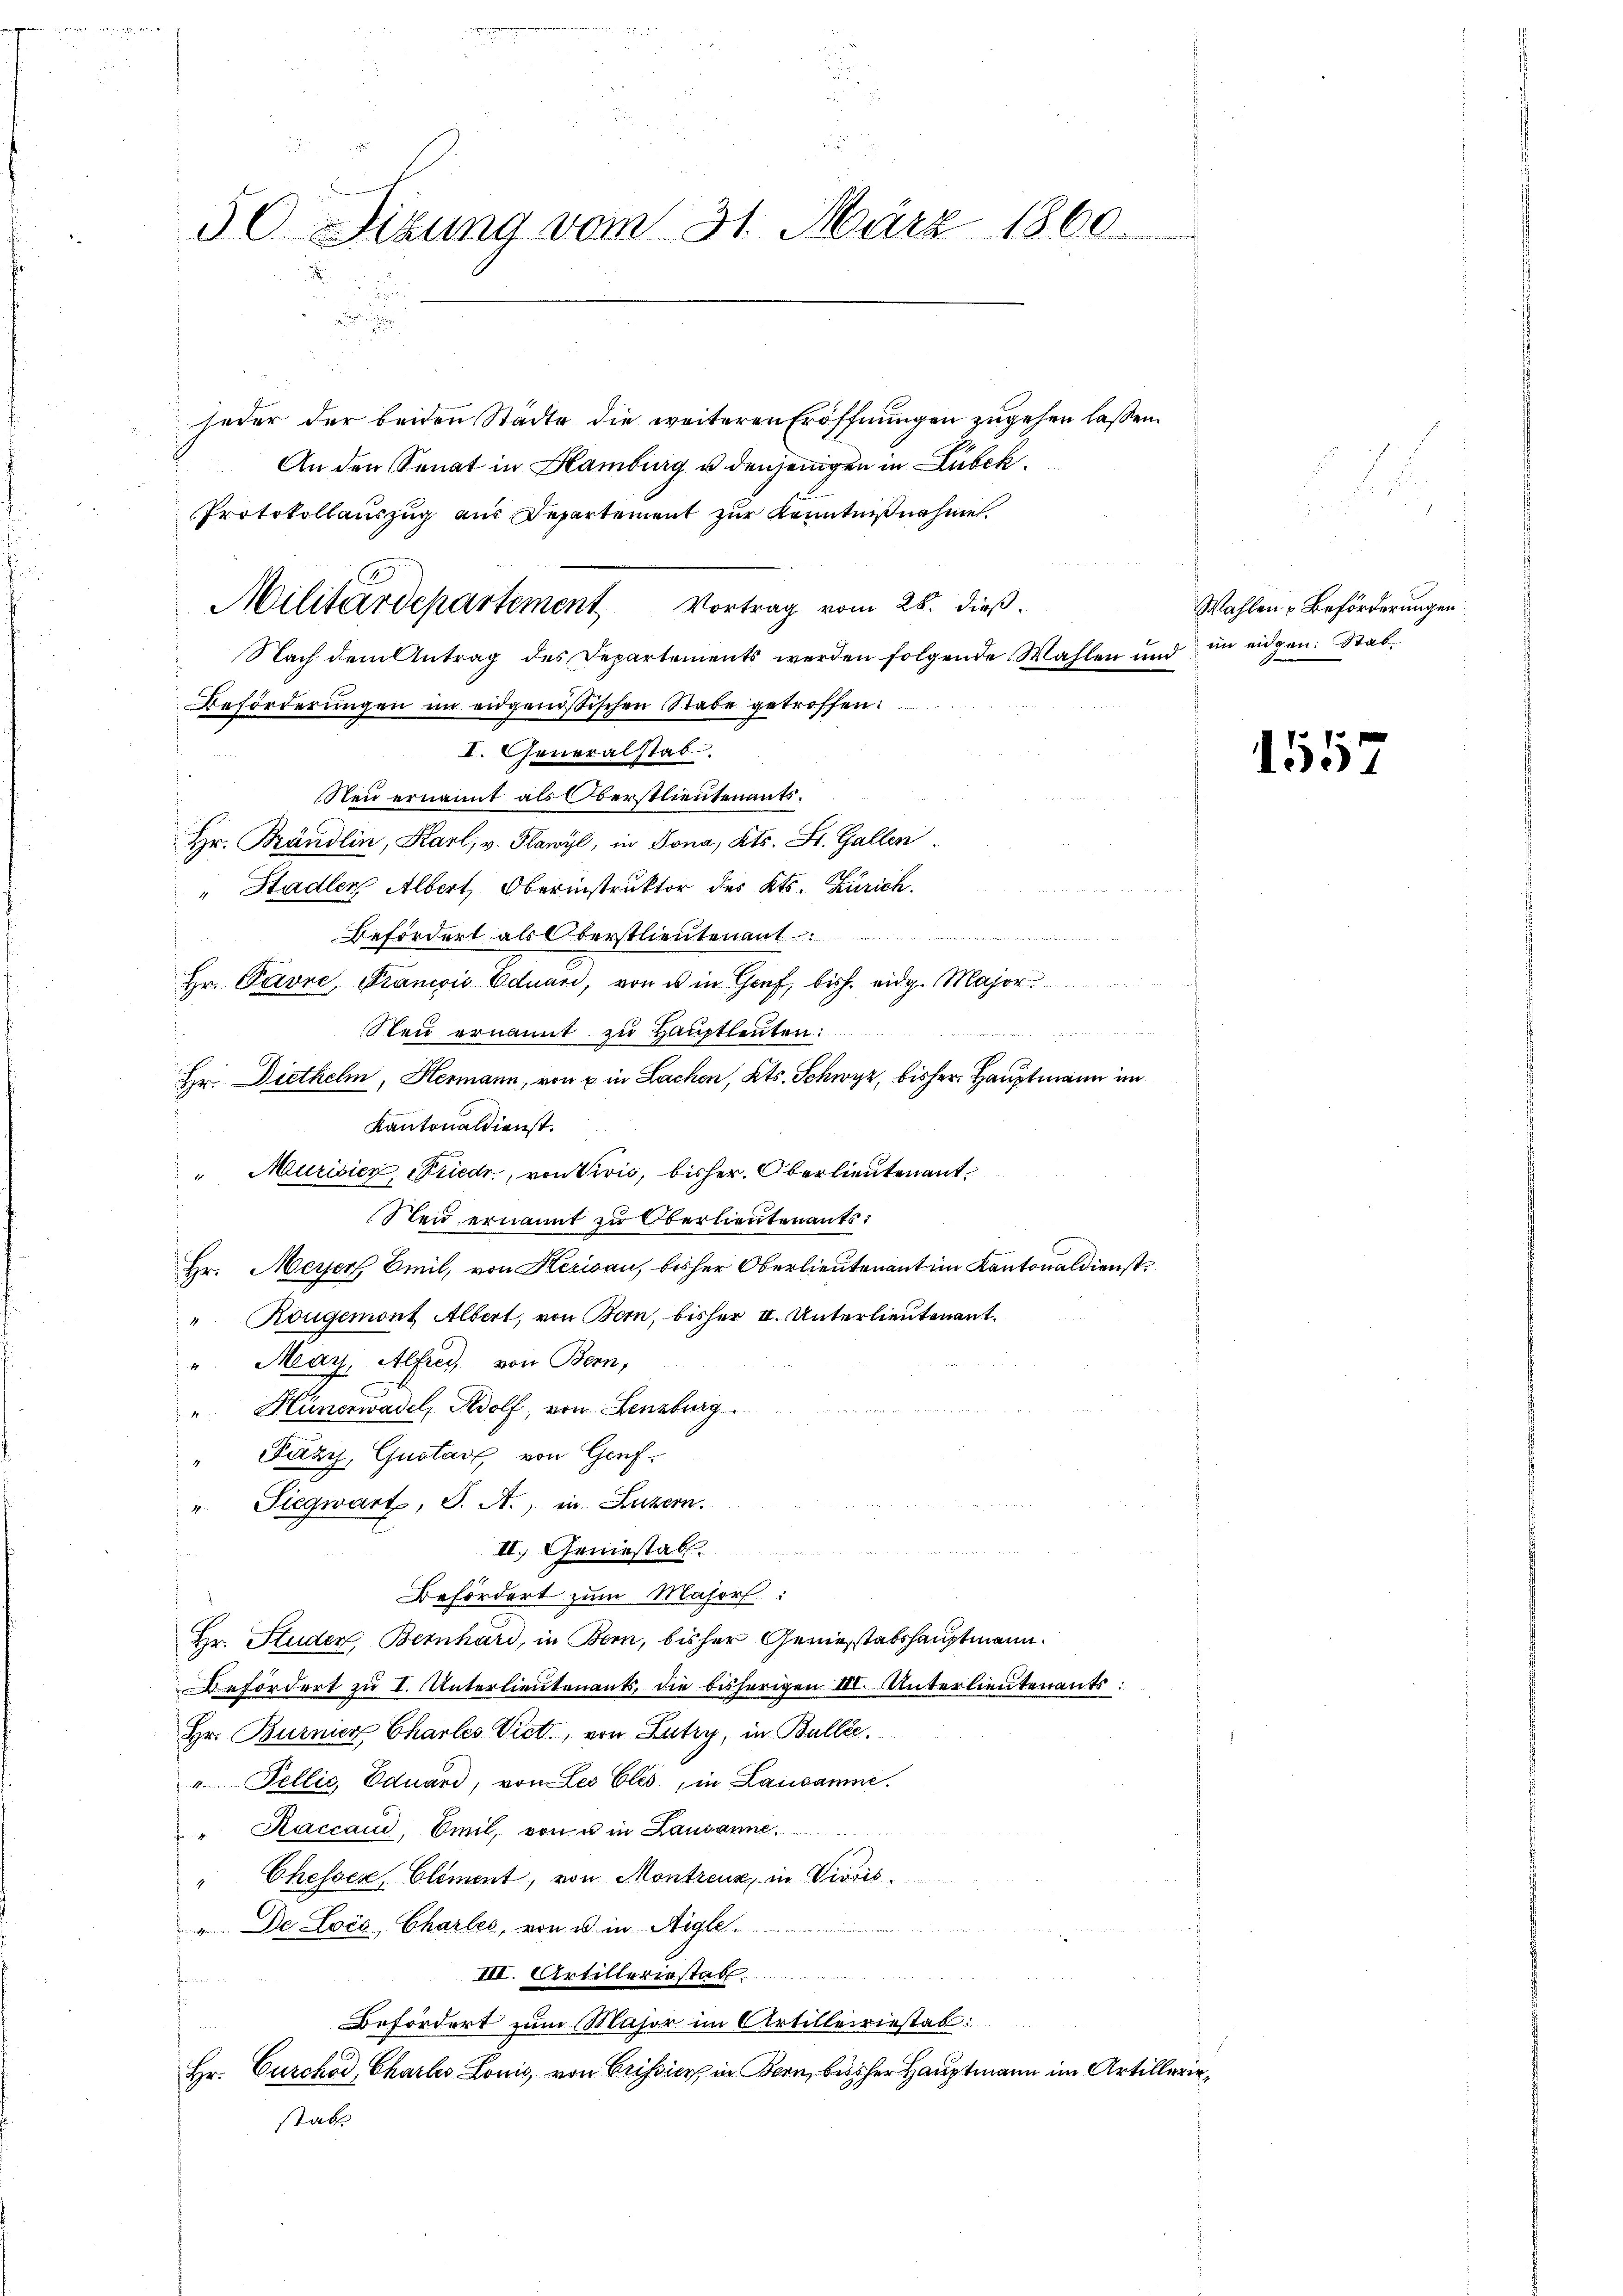
50 Sizung vom 31. März 1860.

jeder der beiden Stadte die weiteren Eröffnungen zugehen lassen.
An den Senat in Hamburg u. denjenigen in Lübeck.
Protokollauszug aus Departement zur Kenntnißnahme.
Beförderungen im eidgenößischen Stabe getroffen:
1
I. Generalstab.
Neu ernannt als Oberstlieutenants.
Hr. Brändlin, Karl v. Plawyl, in Jona, Kts. St. Gallen.
" Stadler Albert, Oberinstruktor des Kts. Zürich.
s
Befördert als Oberstlieutenant
Hr. Pavre, Francis Eduard, von es in Genf, bish. eidg. Major
Neu ernannt zu Hauptleuten:
Hr. Diethelm, Hermann, von u in Lachen, Kts. Schwyz, bisher Hauptmann im
Kantonaldienst.
" Murisier, Friedr., von Vivis, bisher. Oberlieutenant
Steid ernannt zu Oberlieutenants:
Hr. Meyer, Emil, von Herisau, bisher Oberlieutenant im Kantonaldienst,
" Rougemont Albert, von Bern, bisher II. Unterlieutenant.
u. May, Alfrei, von Bern,
" Hünerwadel, Wolf, von Lenzburg
Fázy, Gustant, von Genf.
" Siegwart, S. A., in Luzern.
II. Geniestab
Befördert zum Masorf:
Hr. Studer, Bernhard, in Bern, bisher Geniesstabshauptmann.
Befördert zu I. Unterlieutenants, die bisherigen III. Unterlieutenants:
Hr. Burnier Charles Vict., von Lutry, in Bullée.
"Fellić Eduard, vom Les Eles, in Lausanne.
" Kaccaud, Emil, von u in Lausanne
Chesser, Climent, von Montreux, in Vioris
" De Lois, Charles, von u. in Aigle
III. Artilleriestat
¬
Befördert zum Major im Artilleriestab:
u
Hr. Curchod, Chartes Louis, von Crissier in Bern, bisher Hauptmann im Artilleriestatt

Militärdepartement Vortrag vom 28. dieß.
Nach dem Antrag des Departements werden folgende Wahlen und

Wahlen & Beförderungen
im eidgen: Stab.

151